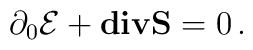
\partial_0 {\cal E} + {\bf div} {\bf S} = 0 \, .